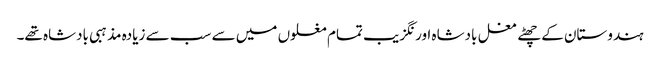
ہندوستان کے چھٹے مغل بادشاہ اورنگزیب تمام مغلوں میں سے سب سے زیادہ مذہبی بادشاہ تھے۔